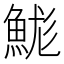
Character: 𩷙